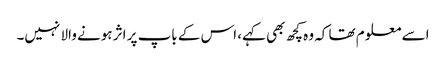
اسے معلو م تھا کہ وہ کچھ بھی کہے، اس کے باپ پر اثر ہونے والا نہیں۔